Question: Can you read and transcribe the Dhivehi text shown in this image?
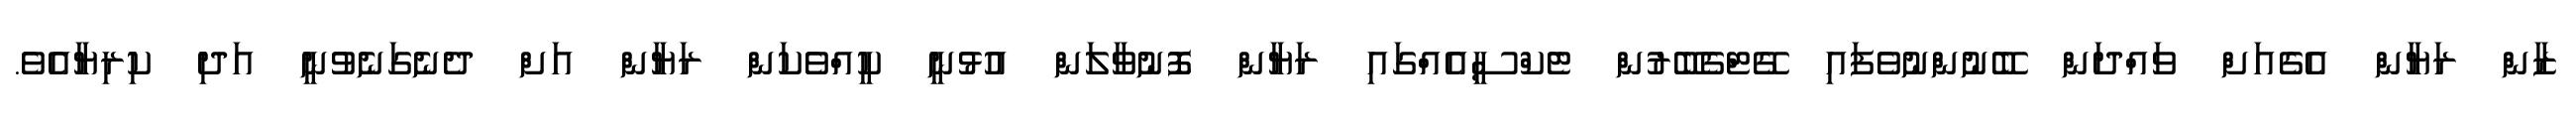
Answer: ޒާން ރަޔާން އެގެއަށް ވައްދަން ބޭނުންނުވެފައި ގޭޓްގެބޭރުން ޓެކްސީއެއްގައި ރަޔާން ފޮނުވާލަން އުޅުނީ ކީއްވެކަން ރަޔާން އަށް ދެނެގަނެވުނީ އަދި ކިރިޔާއެވެ.